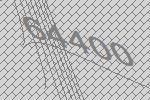
64400